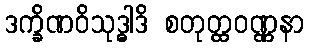
ဒက္ခိဏဝိသုဒ္ဓါဒိ စတုတ္ထဝဏ္ဏနာ